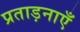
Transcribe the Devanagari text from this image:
प्रताड़नाएँ